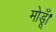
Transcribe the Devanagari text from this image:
मोडूँ।